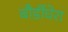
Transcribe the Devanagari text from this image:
बौर्डीघेरा